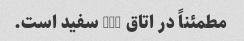
مطمئناً در اتاق 204 سفید است.